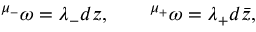
{ } ^ { \mu _ { - } } \omega = \lambda _ { - } d z , \qquad { } ^ { \mu _ { + } } \omega = \lambda _ { + } d \bar { z } ,